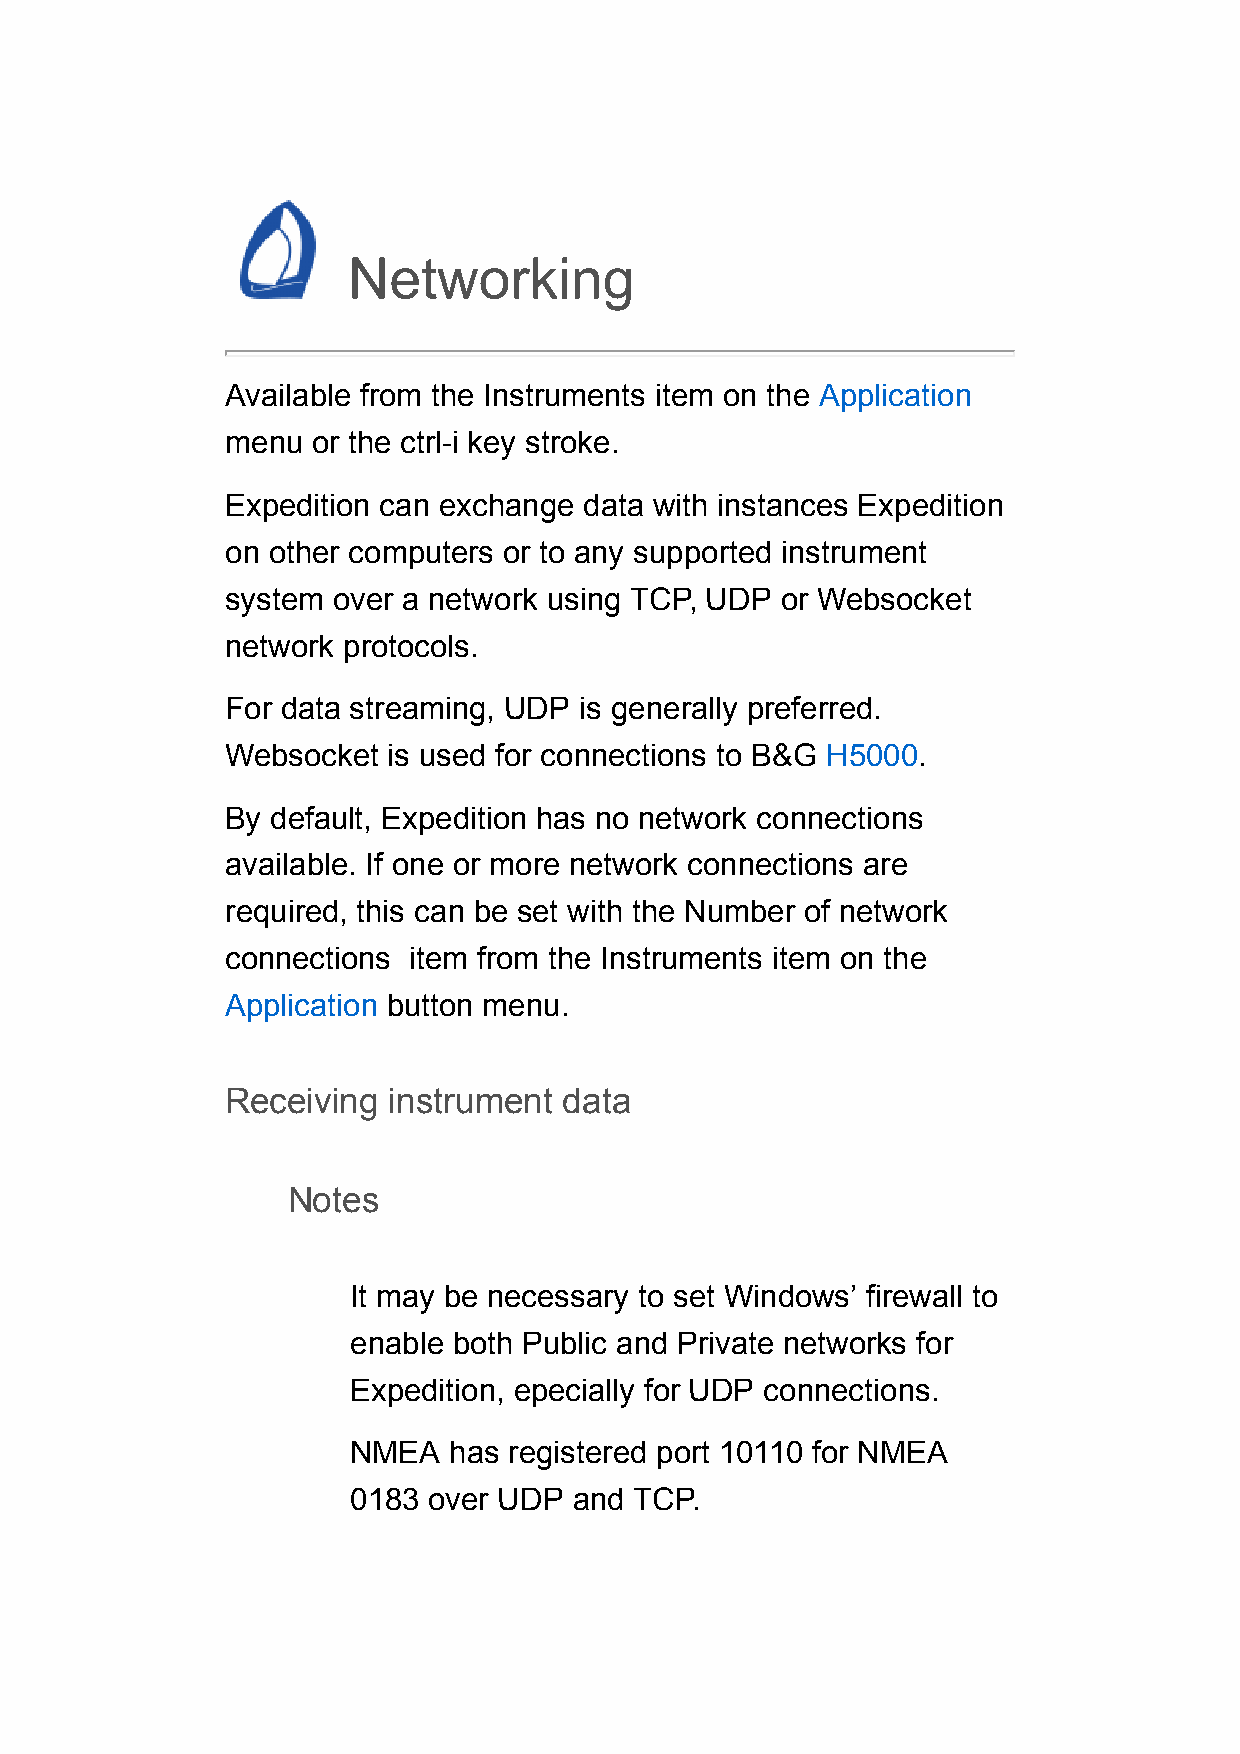
Networking
 Available from the Instruments item on the Application
 menu  or the ctrl-i key stroke.
 Expedition can exchange data with instances Expedition
 on other computers or to any supported instrument
 system over a network using TCP, UDP or Websocket
 network protocols.
 For data streaming, UDP is generally preferred.
 Websocket  is used for connections to B&G H5000.
 By default, Expedition has no network connections
 available. If one or more network connections are
 required, this can be set with the Number of network
 connections item from the Instruments item on the
 Application button menu.
 Receiving  instrument data
 Notes
 It may be necessary to set Windows’ firewall to
 enable both Public and Private networks for
 Expedition, epecially for UDP connections.
 NMEA   has registered port 10110 for NMEA
 0183 over UDP  and TCP.